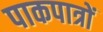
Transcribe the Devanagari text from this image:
पाकपात्रों